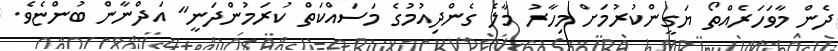
ދެން މާވަހަރެއްތޯ ޔަގީންކުރުމަށް މިހާރު މާލެ ގެންދިއުމުގެ މަސައްކަތް ކުރަމުންދަނީ" އަދްނާން ބުންޏެވެ.